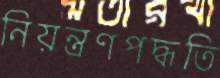
নিয়ন্ত্রণপদ্ধতি